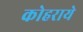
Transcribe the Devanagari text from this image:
कोहराये